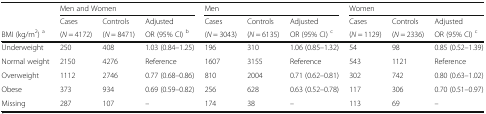
|  | <COLSPAN=3> Men and Women | <COLSPAN=3> Men | <COLSPAN=3> Women |
 |  | Cases | Controls | Adjusted | Cases | Controls | Adjusted | Cases | Controls | Adjusted |
 | BMI (kg/m2) a | (N = 4172) | (N = 8471) | OR (95% CI) b | (N = 3043) | (N = 6135) | OR (95% CI) c | (N = 1129) | (N = 2336) | OR (95% CI) c |
 | --- | --- | --- | --- | --- | --- | --- | --- | --- | --- |
 | Underweight | 250 | 408 | 1.03 (0.84–1.25) | 196 | 310 | 1.06 (0.85–1.32) | 54 | 98 | 0.85 (0.52–1.39) |
 | Normal weight | 2150 | 4276 | Reference | 1607 | 3155 | Reference | 543 | 1121 | Reference |
 | Overweight | 1112 | 2746 | 0.77 (0.68–0.86) | 810 | 2004 | 0.71 (0.62–0.81) | 302 | 742 | 0.80 (0.63–1.02) |
 | Obese | 373 | 934 | 0.69 (0.59–0.82) | 256 | 628 | 0.63 (0.52–0.78) | 117 | 306 | 0.70 (0.51–0.97) |
 | Missing | 287 | 107 | – | 174 | 38 | – | 113 | 69 | – |